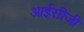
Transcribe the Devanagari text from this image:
आईसीजी